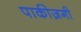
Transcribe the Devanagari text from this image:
पाकीज़गी